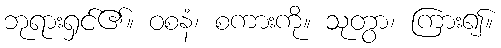
ဘုရားရှင်၏။ ဝစနံ၊ စကားကို။ သုတွာ၊ ကြား၍။